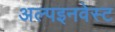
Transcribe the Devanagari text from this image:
अल्पइनवेस्ट